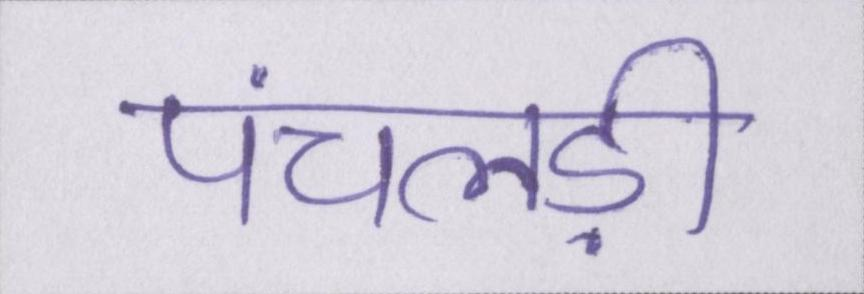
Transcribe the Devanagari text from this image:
पंचलड़ी